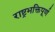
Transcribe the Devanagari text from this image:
राष्ट्रभक्तिपूर्ण